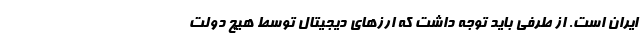
ایران است. از طرفی باید توجه داشت که ارز‌های دیجیتال توسط هیچ دولت